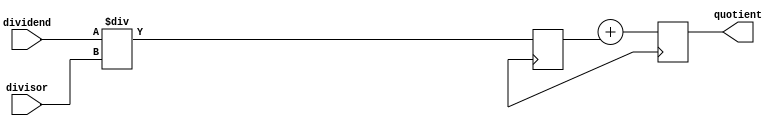
module pipelined_divider (
    input [31:0] dividend,
    input [31:0] divisor,
    output reg [31:0] quotient
);

reg [31:0] remainder;
reg [31:0] partial_quotient;

// Pipeline stages
reg [31:0] stage1_out;
reg [31:0] stage2_out;
reg [31:0] stage3_out;

always @ (posedge clk) begin
    // Stage 1: Divide
    stage1_out <= dividend / divisor;
    
    // Stage 2: Multiply
    stage2_out <= stage1_out * divisor;
    
    // Stage 3: Subtract
    stage3_out <= stage2_out - dividend;
    
    // Update quotient and remainder
    quotient <= partial_quotient + stage1_out;
    remainder <= stage3_out;
end

endmodule